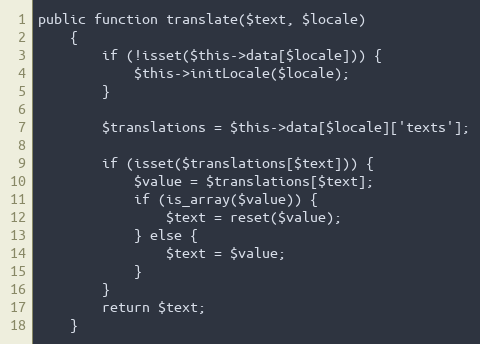
Language: PHP
public function translate($text, $locale)
    {
        if (!isset($this->data[$locale])) {
            $this->initLocale($locale);
        }

        $translations = $this->data[$locale]['texts'];

        if (isset($translations[$text])) {
            $value = $translations[$text];
            if (is_array($value)) {
                $text = reset($value);
            } else {
                $text = $value;
            }
        }
        return $text;
    }